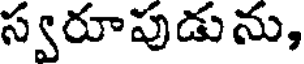
స్వరూపుడును,